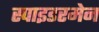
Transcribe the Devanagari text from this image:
स्पाइडरमेन